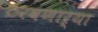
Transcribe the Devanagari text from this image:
ठरवणाऱ्या